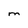
Character: m